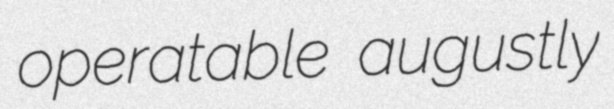
operatable augustly